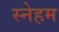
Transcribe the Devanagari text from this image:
स्नेहम